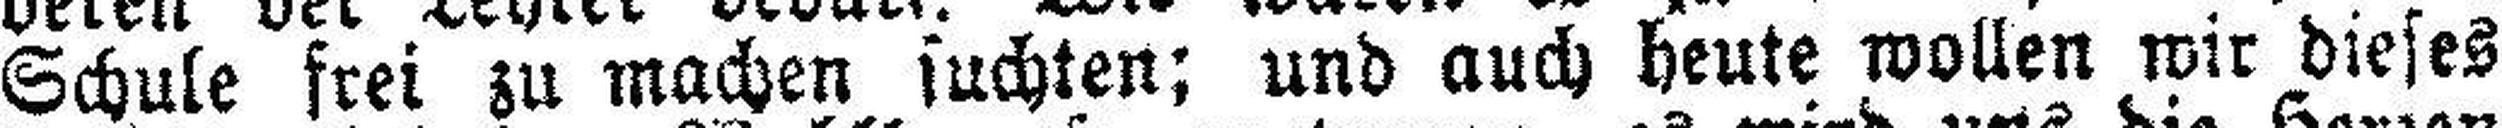
Schule frei zu machen suchten; und auch heute wollen wir dieses